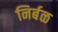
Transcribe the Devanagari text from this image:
निर्बळ